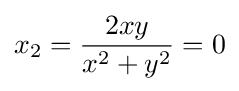
x_{2}={\frac {2xy}{x^{2}+y^{2}}}=0